Senior Leaving Certificate Examination (including Day School Certificate (Higher) General paper), 1948
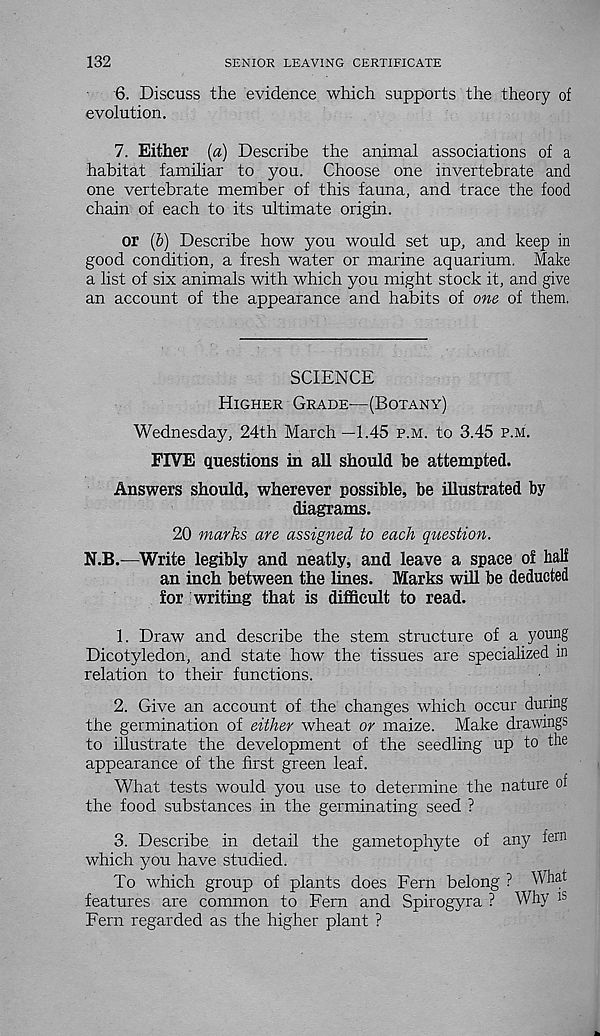
132
SENIOR LEAVING CERTIFICATE
6. Discuss the evidence which supports the theory of
evolution.
7. Either (a) Describe the animal associations of a
habitat familiar to you. Choose one invertebrate and
one vertebrate member of this fauna, and trace the food
chain of each to its ultimate origin.
or (6) Describe how you would set up, and keep in
good condition, a fresh water or marine aquarium. Make
a list of six animals with which you might stock it, and give
an account of the appearance and habits of one of them.
SCIENCE
Higher Grade—(Botany)
Wednesday, 24th March —1.45 p.m. to 3.45 p.m.
FIVE questions in all should he attempted.
Answers should, wherever possible, be illustrated by
diagrams.
20 marks are assigned to each question.
N.B.—Write legibly and neatly, and leave a space of half
an inch between the lines. Marks will be deducted
for writing that is difficult to read.
1. Draw and describe the stem structure of a young
Dicotyledon, and state how the tissues are specialized in
relation to their functions.
2. Give an account of the changes which occur during
the germination of either wheat or maize. Make drawings
to illustrate the development of the seedling up to the
appearance of the first green leaf.
What tests would you use to determine the nature of
the food substances in the germinating seed ?
3. Describe in detail the gametophyte of any fen 1
which you have studied.
To which group of plants does Fern belong ? What
features are common to Fern and Spirogyra ? Why I s
Fern regarded as the higher plant ?